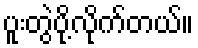
ပူးတွဲပို့လိုက်တယ်။